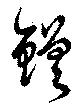
鎈